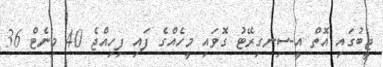
ޖީބުގައި އޮތް އީ-ސިނގިރޭޓު ގޮވައި މީހެއްގެ ފައި ފިހިއްޖެ 40 މިނެޓް 36